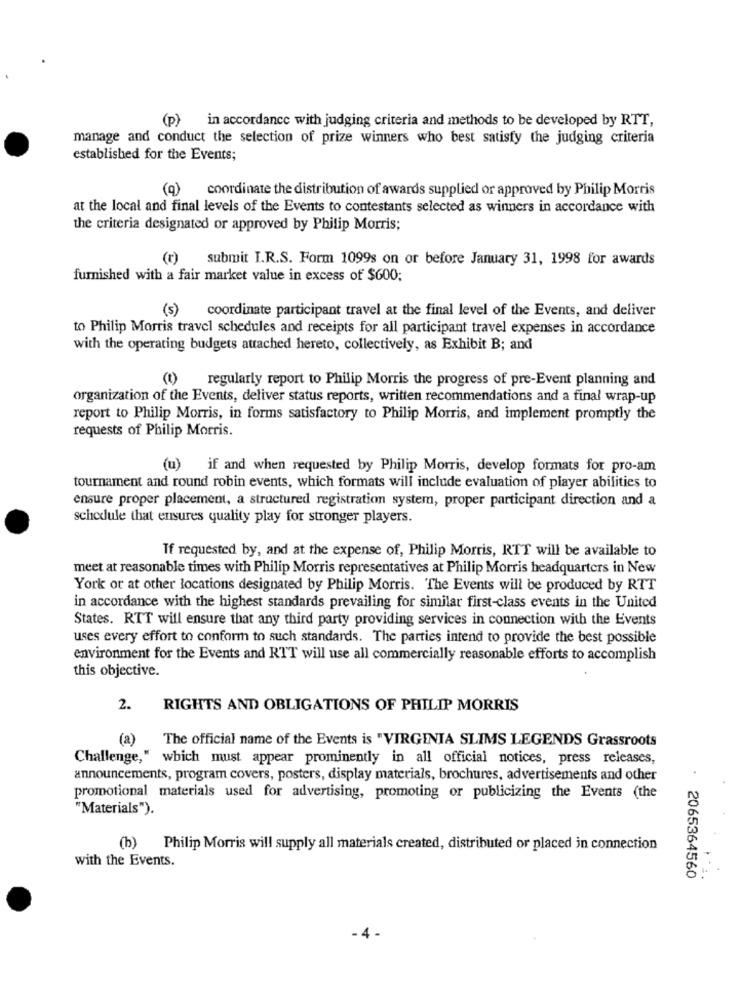
(p) in accordance with judging criteria and methods to be developed by RTT,
manage and conduct the selection of prize winners who best satisfy the judging criteria
established for the Events;
(q) coordinate the distribution of awards supplied or approved by Philip Morris
at the local and final levels of the Events to contestants selected as winners in accordance with
the criteria designated or approved by Philip Morris;
(r)
submit I.R.S. Form 1099s on or before January 31, 1998 for awards
furnished with a fair market value in excess of $600;
(5)
coordinate participant travel at the final level of the Events, and deliver
to Philip Morris travel schedules and receipts for all participant travel expenses in accordance
with the operating budgets attached hereto, collectively, as Exhibit B; and
(t) regularly report to Philip Morris the progress of pre-Event planning and
organization of the Events, deliver status reports, written recommendations and a final wrap-up
report to Philip Morris, in forms satisfactory to Philip Morris, and implement promptly the
requests of Philip Morris.
(u) if and when requested by Philip Morris, develop formats for pro-am
tournament and round robin events, which formats will include evaluation of player abilities to
ensure proper placement, a structured registration system, proper participant direction and a
schedule that ensures quality play for stronger players.
If requested by, and at the expense of, Philip Morris, RTT will be available to
meet at reasonable times with Philip Morris representatives at Philip Morris headquarters in New
York or at other locations designated by Philip Morris. The Events will be produced by RTT
in accordance with the highest standards prevailing for similar first-class events in the United
States. RTT will ensure that any third party providing services in connection with the Events
uses every effort to conform to such standards. The parties intend to provide the best possible
environment for the Events and RTT will use all commercially reasonable efforts to accomplish
this objective.
2.
RIGHTS AND OBLIGATIONS OF PHILIP MORRIS
(a)
The official name of the Events is "VIRGINIA SLIMS LEGENDS Grassroots
Challenge," which must appear prominently in all official notices, press releases,
announcements, program covers, posters, display materials, brochures, advertisements and other
.
promotional materials used for advertising, promoting or publicizing the Events (the
"Materials").
(b) Philip Morris will supply all materials created, distributed or placed in connection
with the Events.
2065364560
. 4 -